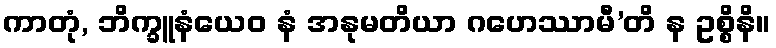
ကာတုံ, ဘိက္ခူနံယေဝ နံ အနုမတိယာ ဂဟေဿာမီ’တိ န ဥစ္စိနိ။